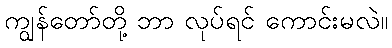
ကျွန်တော်တို့ ဘာ လုပ်ရင် ကောင်းမလဲ။